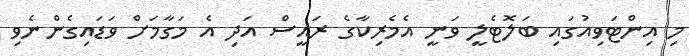
މި އިންޓަވިއުގައި ބަލޮޓެލީ ވަނީ އެމެރިކާގެ ރައީސް އަދި އެ މަގާމަށް ވަޑައިގެންނެވި